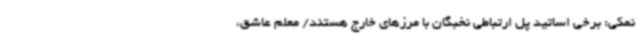
نمکی: برخی اساتید پل ارتباطی نخبگان با مرزهای خارج هستند/ معلم عاشق،